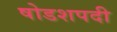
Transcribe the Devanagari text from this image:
षोडशपदी